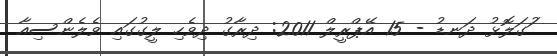
ުަަގަލޮޅު ދަނޑު - 15 އޭޕްރީލް 2011: ދިރާގު ދިވެހި ލީގުގައި ވެލެންސިއާ